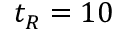
t _ { R } = 1 0